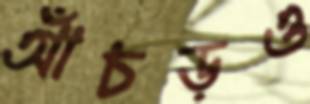
আঁচড়ও